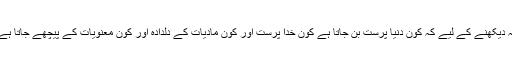
یہ دیکھنے کے لیے کہ کون دنیا پرست بن جاتا ہے کون خدا پرست اور کون مادیات کے دلدادہ اور کون معنویات کے پیچھے جاتا ہے۔